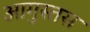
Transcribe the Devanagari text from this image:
आगुस्तस